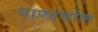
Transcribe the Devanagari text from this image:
पाण्डवोण